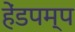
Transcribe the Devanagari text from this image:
हेंडपम्प